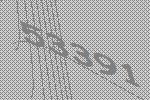
53391